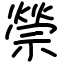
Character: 禜